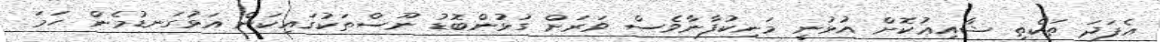
އެފަދަ ތަކެތި ޝާއިޢުކޮށް އުޅުނީ މަނިކުފާނާވެސް ވަރަށް ގުޅުންބޮޑު ނޫސްތަކުގައިކަން އަޅުގަނޑުމެން ހަމަ